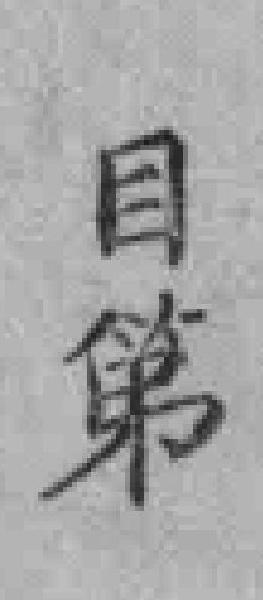
目第